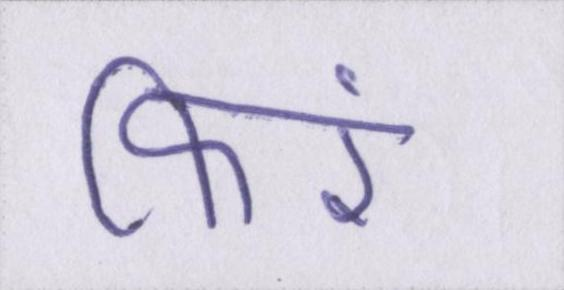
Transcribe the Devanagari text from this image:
फिरें